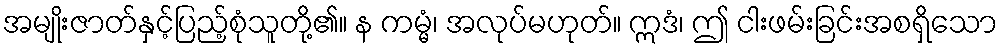
အမျိုးဇာတ်နှင့်ပြည့်စုံသူတို့၏။ န ကမ္မံ၊ အလုပ်မဟုတ်။ ဣဒံ၊ ဤ ငါးဖမ်းခြင်းအစရှိသော